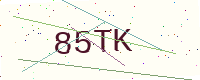
Text: 85TK